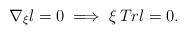
LaTeX: \begin{align*}\nabla_{\xi}l=0 \implies \xi\,Trl=0.\end{align*}